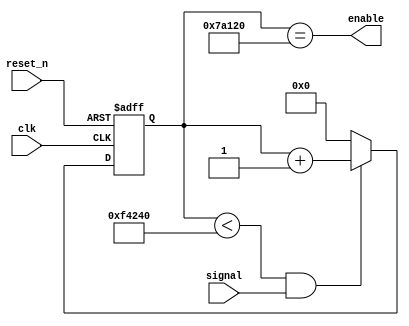
module counter(
  input clk,
  input reset_n,
  input signal,
  output enable
    );

reg [19:0] counter;


parameter CLOCK = 20'hf4240,
	  SIM_CLOCK = 20'd50;



always @(posedge clk or negedge reset_n) begin
if(!reset_n) 
counter <= 20'b0;
else
counter <= ((counter<CLOCK )&& (signal == 1'b1))? counter + 1'b1 : 0;
end


assign enable = (counter == (CLOCK >> 1));

endmodule